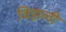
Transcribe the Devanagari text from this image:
विझली